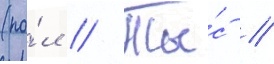
(по́л // Ты́с //